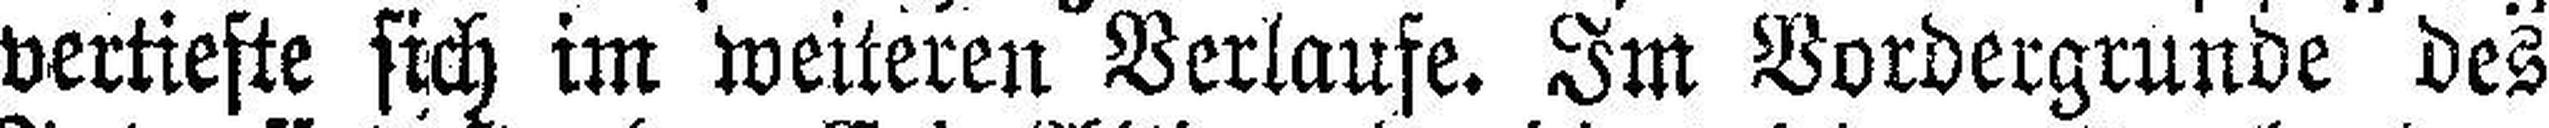
vertiefte sich im weiteren Verlaufe. Im Vordergründe des